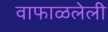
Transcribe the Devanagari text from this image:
वाफाळलेली